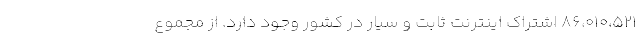
86،010،521 اشتراک اینترنت ثابت و سیار در کشور وجود دارد. از مجموع